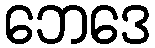
ဘေဒေ